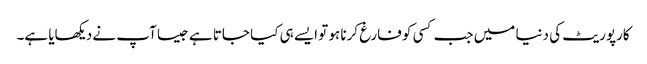
کارپوریٹ کی دنیا میں جب کسی کو فارغ کرنا ہو تو ایسے ہی کیا جاتا ہے جیسا آپ نے دیکھایا ہے۔